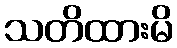
သတိထားမိ